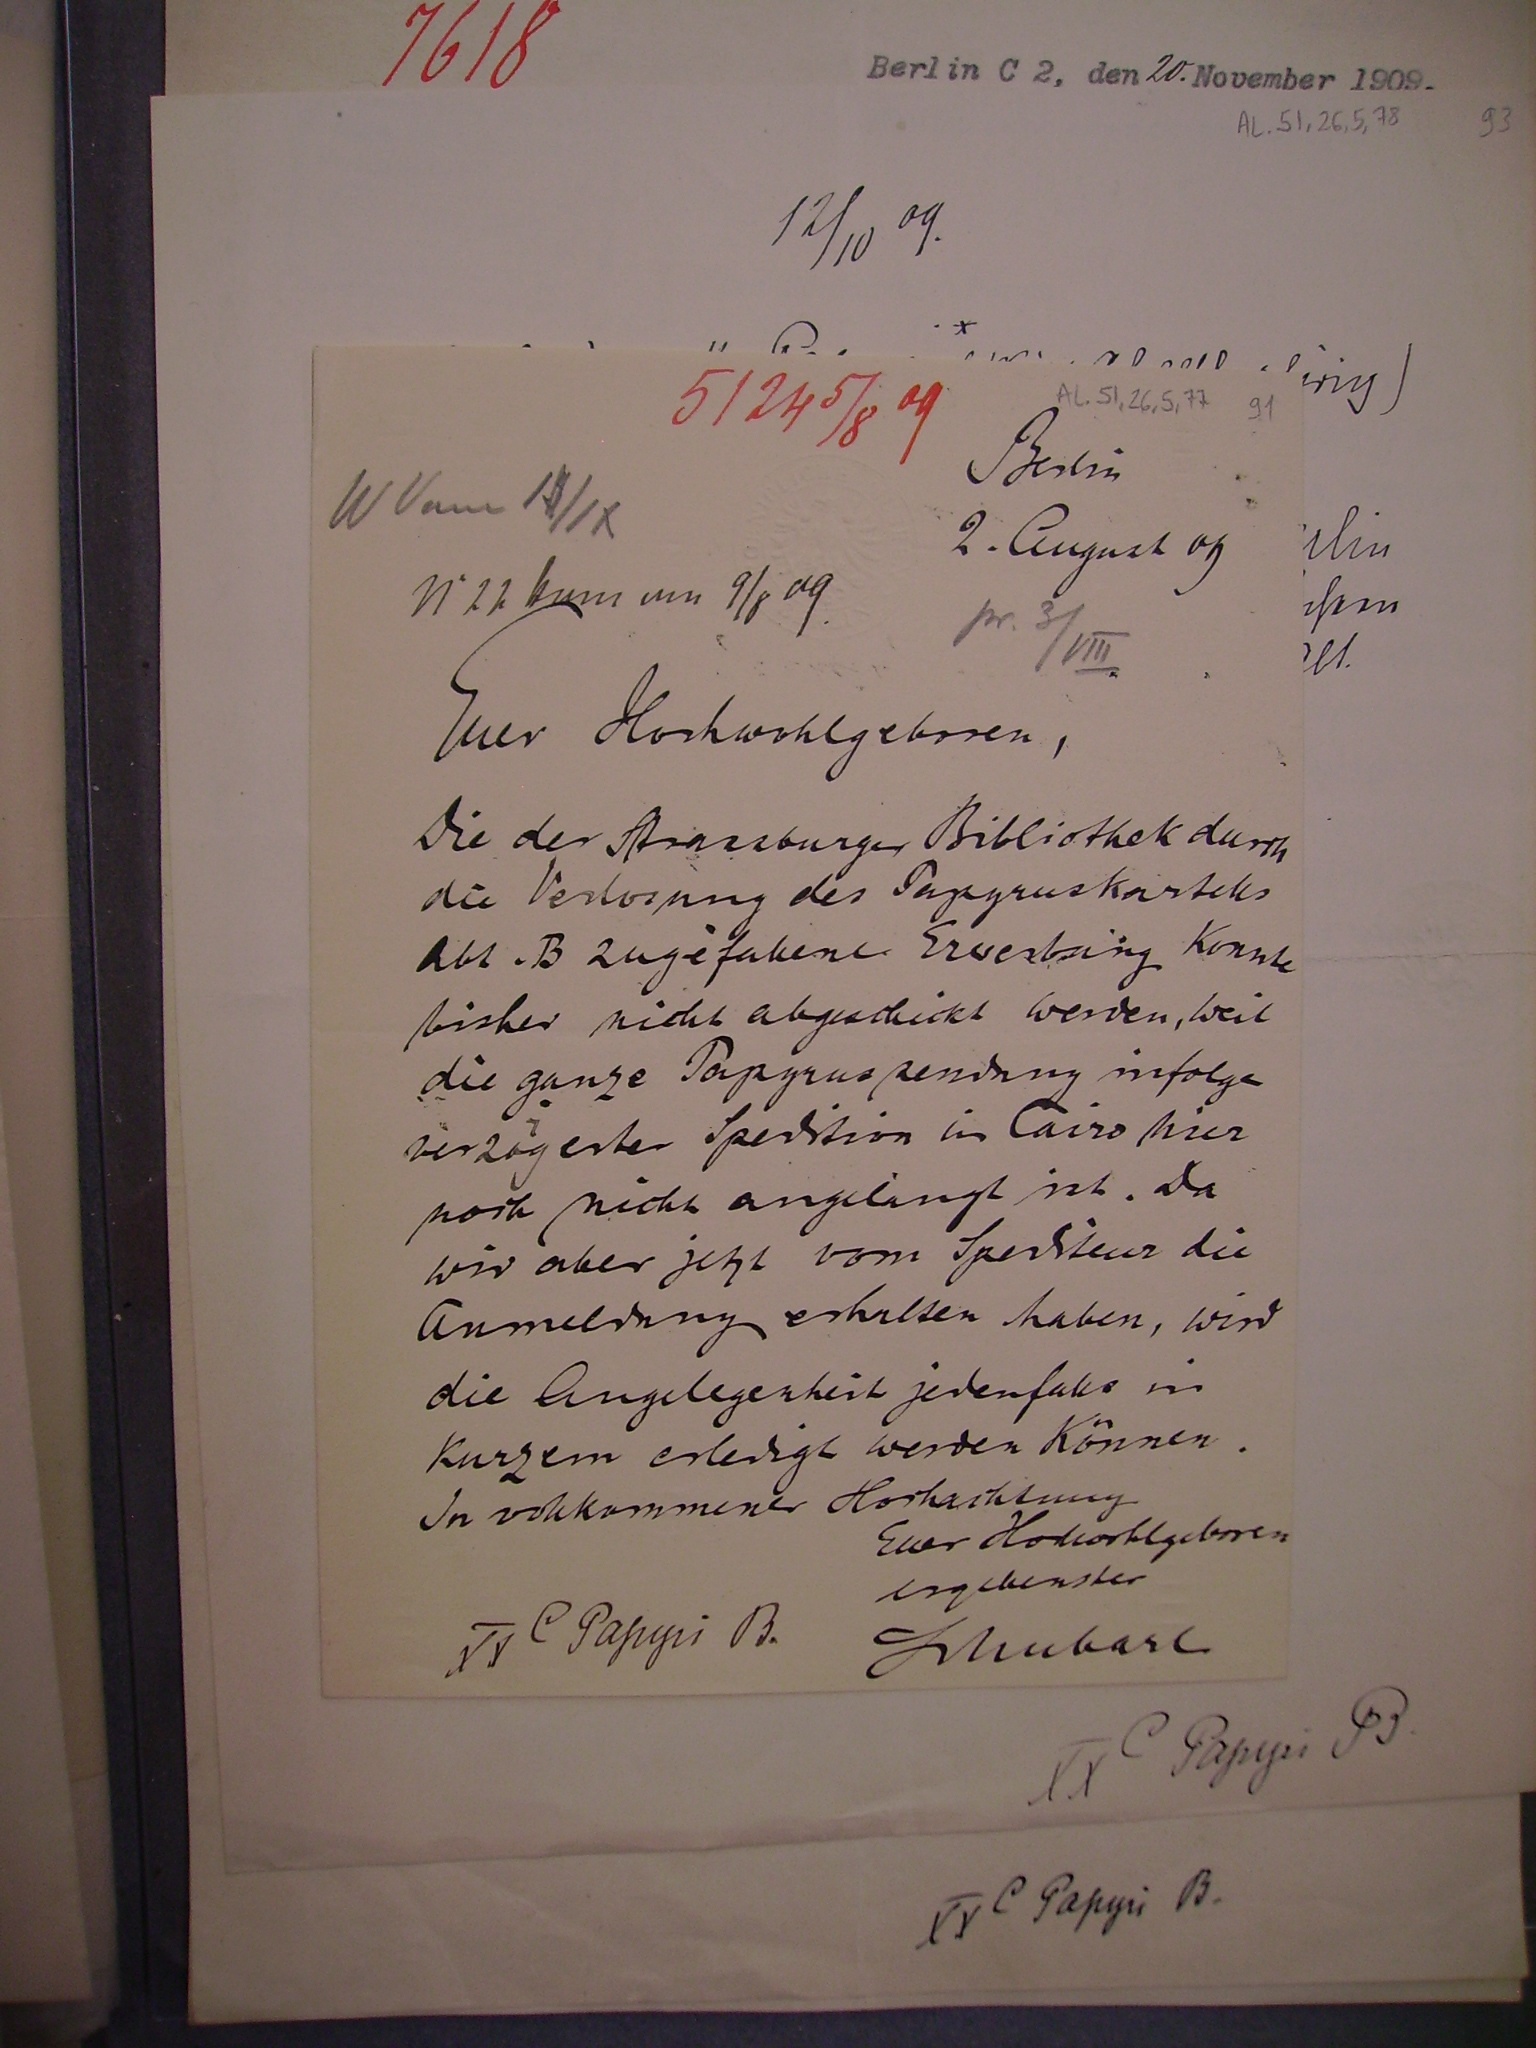
Berlin

2. August 03
N 22 kam am 9/8 09.

Euer Hochwohlgeboren,
Die der Strassburger Bibliothek durch
die Verlosung des Papyrsukartells
Abt. B zugefallene Erwerbung konnte
bisher nicht abgeschickt werden, weil
die ganze Papyrussendung infolge
verzögerter Spedition in Cairo hier
noch nicht angelangt ist. Da
wir aber jetzt vom Spediteur die
Anmerkung erhalten habe, wird
die Angelegenheit jedenfalls in
kurzem erledigt werden können.
In vollkommener Hochachtung
Euer Hochwohlgeboren
ergebenster

Schubart